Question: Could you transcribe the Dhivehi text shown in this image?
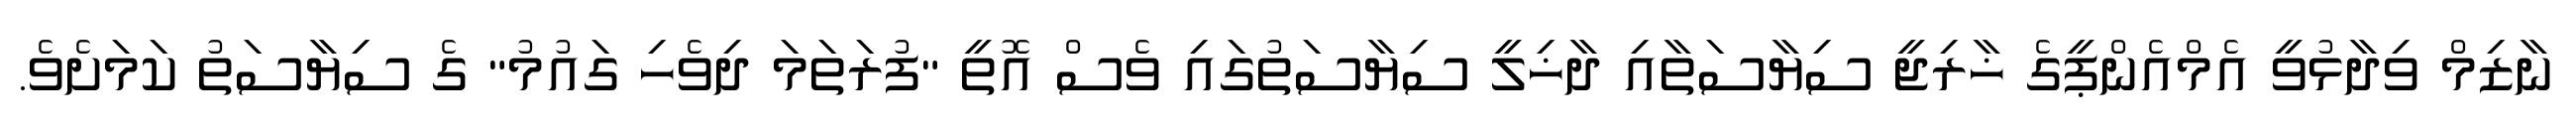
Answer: ނާޒިމް ވިދާޅުވީ އެމްއެންޕީގެ ޚާރިޖީ ސިޔާސަތާއި ދާޚިލީ ސިޔާސަތުގައި ވެސް އޮތީ "ފުރަތަމަ ދިވެހި ގައުމު" ގެ ސިޔާސަތު ކަމަށެވެ.